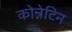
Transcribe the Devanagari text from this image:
कोन्नेटिन